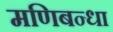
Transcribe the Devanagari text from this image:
मणिबन्धा